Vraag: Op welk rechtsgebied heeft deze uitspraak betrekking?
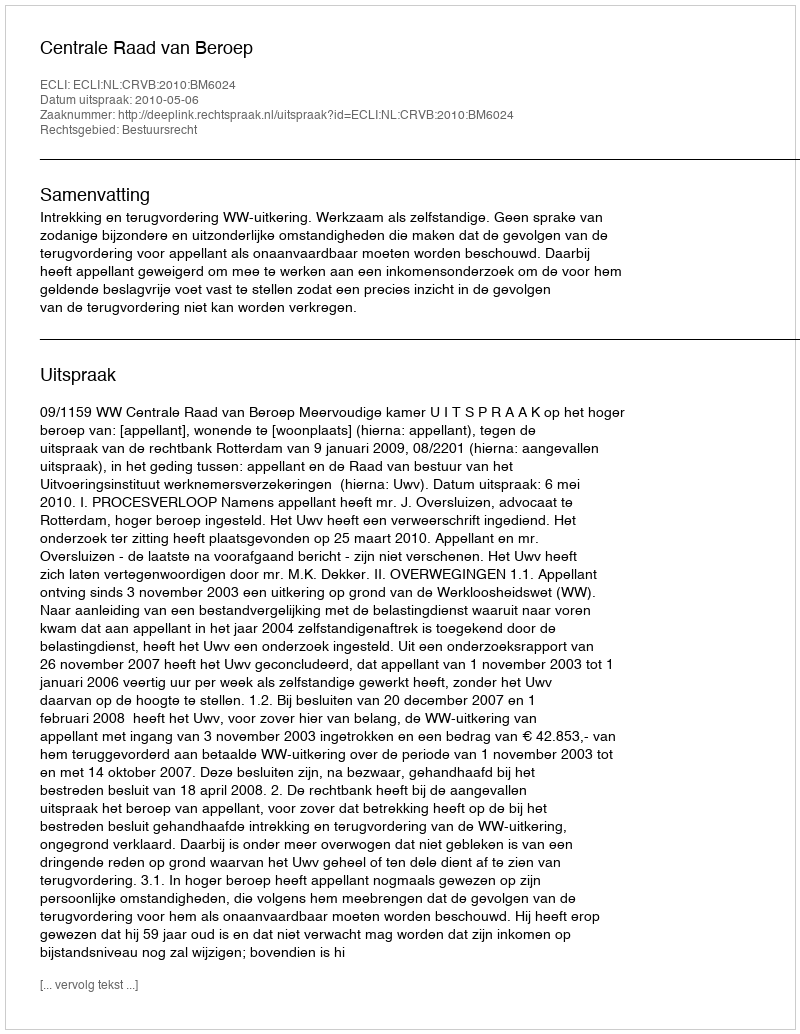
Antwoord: Bestuursrecht